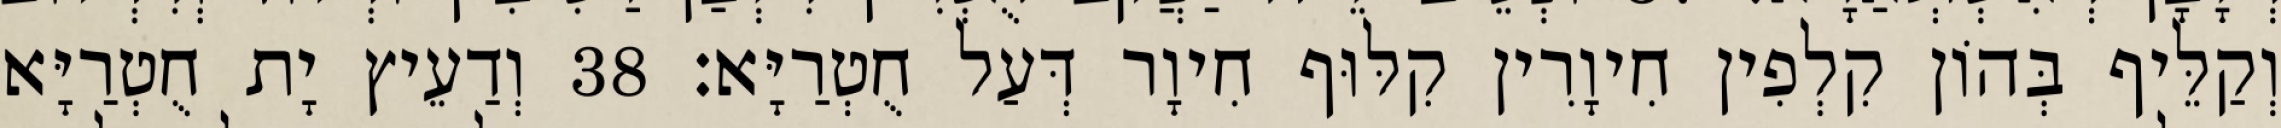
וְקַלֵּיף בְּהוֹן קִלְפִין חִיוָרִין קִלּוּף חִיוָר דְּעַל חֻטְרַיָּא׃ 38 וְדַעֵיץ יָת חֻטְרַיָּא